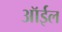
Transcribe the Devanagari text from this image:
ऑर्इल